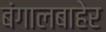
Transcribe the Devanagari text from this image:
बंगालबाहेर